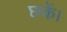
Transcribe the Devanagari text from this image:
छकें।